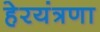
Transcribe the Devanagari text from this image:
हेरयंत्रणा